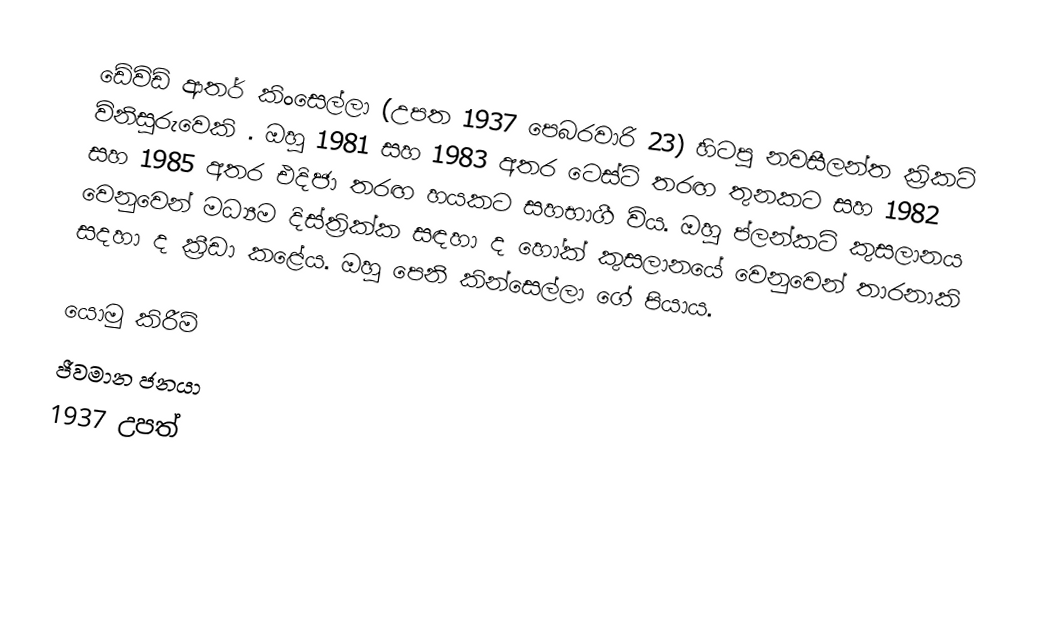
ඩේවිඩ් ආතර් කිංසෙල්ලා (උපත 1937 පෙබරවාරි 23) හිටපු නවසීලන්ත ක්‍රිකට් විනිසුරුවෙකි . ඔහු 1981 සහ 1983 අතර ටෙස්ට් තරඟ තුනකට සහ 1982 සහ 1985 අතර එදිජා තරඟ හයකට සහභාගී විය.  ඔහු ප්ලන්කට් කුසලානය වෙනුවෙන් මධ්‍යම දිස්ත්‍රික්ක සඳහා ද හෝක් කුසලානයේ වෙනුවෙන් තාරනාකි සදහා ද ක්‍රීඩා කළේය. ඔහු පෙනි කින්සෙල්ලා ගේ පියාය.

යොමු කිරීම්
ජීවමාන ජනයා
1937 උපත්